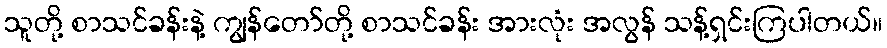
သူတို့ စာသင်ခန်းနဲ့ ကျွန်တော်တို့ စာသင်ခန်း အားလုံး အလွန် သန့်ရှင်းကြပါတယ်။